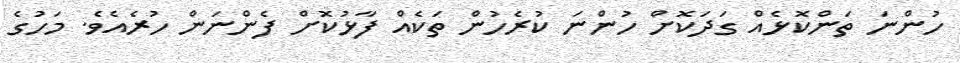
ހުންނަ ތަންކޮޅެއް ގަދަކޮށް ހުންނަ ކުރެހުން ތަކެއް ފާޅުކޮށް ފެންނަން ހުރެއެވެ. މަހުގެ